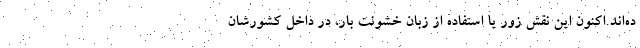
ده‌اند.اکنون این نقش زور یا استفاده از زبان خشونت بار، در داخل کشورشان